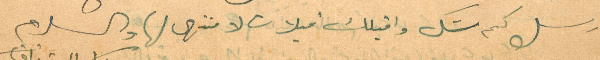
وارسل كم شك واقبلك قبلات لا منتهى لها والسلام